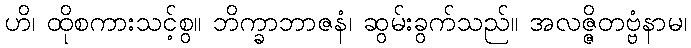
ဟိ၊ ထိုစကားသင့်စွ။ ဘိက္ခာဘာဇနံ၊ ဆွမ်းခွက်သည်။ အလဇ္ဇိတဗ္ဗံနာမ၊